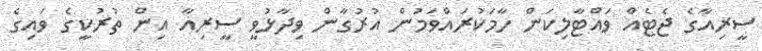
ސީރިއާގެ ޖެޓެއް ވައްޓާލިކަން ހާމަކުރައްވަމުން އުރުގާން ވިދާޅުވީ ސީރިއާ އިން ތުރުކީގެ ވައިގެ